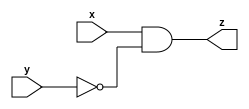
module task2_11(x,y,z);
input x,y;
output z;

assign z = x & ~y;
endmodule